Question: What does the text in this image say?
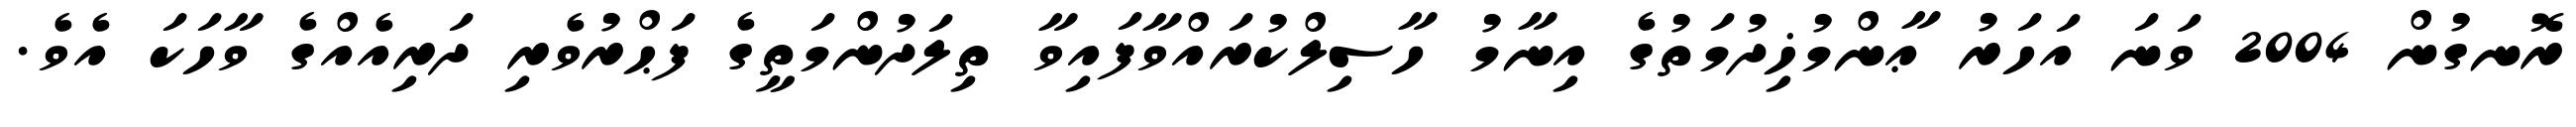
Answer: ރޮނގުން 2004 ވަނަ އަހަރު ޢާންމުޚިދުމަތުގެ އިނާމު ހާސިލްކުރައްވާފައިވާ ތިލަދުންމަތީގެ ފަޙްރުވެރި ދަރިއެއްގެ ވާހަކަ އެވެ.